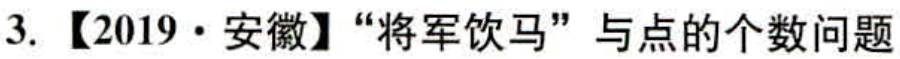
3. 【2019·安徽】“将军饮马”与点的个数问题